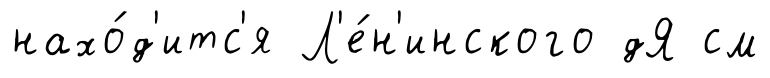
нахо́д'итс'я Л'е́н'инского дЯ см